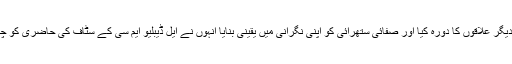
ڈی سی لاہور نے غالب مارکیٹ، مکہ کالونی، سیون اپ سٹاپ، گڑھی شاہو اور دیگر علاقوں کا دورہ کیا اور صفائی ستھرائی کو اپنی نگرانی میں یقینی بنایا انہوں نے ایل ڈیبلیو ایم سی کے سٹاف کی حاضری کو چیک کیا اور ایل ڈیبلیو ایم سی کے افسران کی فیلڈ میں ڈیوٹی پوائنٹس کو چیک کیا۔